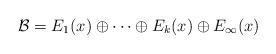
LaTeX: \begin{align*}\mathcal B=E_1(x) \oplus \cdots \oplus E_k(x) \oplus E_\infty(x)\end{align*}